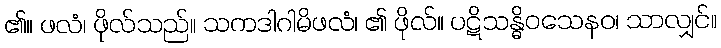
၏။ ဖလံ၊ ဖိုလ်သည်။ သကဒါဂါမိဖလံ၊ ၏ ဖိုလ်။ ပဋိသန္ဓိဝသေနဝ၊ သာလျှင်။